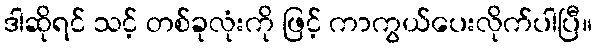
ဒါဆိုရင် သင့် တစ်ခုလုံးကို ဖြင့် ကာကွယ်ပေးလိုက်ပါပြီ။